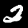
Digit: 2